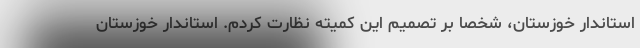
استاندار خوزستان، شخصا بر تصمیم این کمیته نظارت کردم. استاندار خوزستان